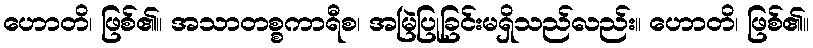
ဟောတိ၊ ဖြစ်၏။ အသာတစ္စကာရီစ၊ အမြဲပြုခြင်းမရှိသည်လည်း။ ဟောတိ၊ ဖြစ်၏။